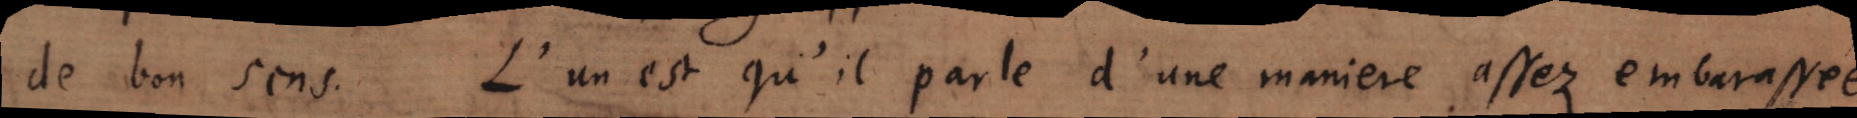
de bon sens. L’un est qu’il parle d’une maniere assez embarassée